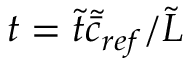
t = \tilde { t } \tilde { \bar { c } } _ { r e f } / \tilde { L }